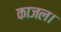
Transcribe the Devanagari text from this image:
काजल।